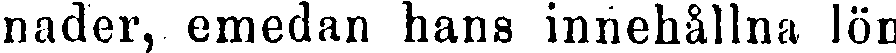
nader, emedan hans innehållna lön